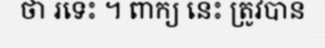
ថា រទេះ ។ ពាក្យ នេះ ត្រូវបាន